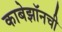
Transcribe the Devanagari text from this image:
काबेझॉनची